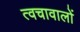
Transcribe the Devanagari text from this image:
त्वचावालों